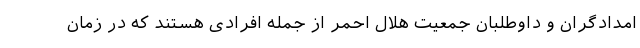
امدادگران و داوطلبان جمعیت هلال احمر از جمله افرادی هستند که در زمان